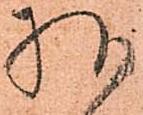
様